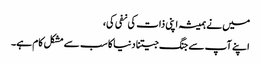
میں نے ہمیشہ اپنی ذات کی نفی کی،
اپنے آپ سے جنگ جیتنا دنیا کا سب سے مشکل کام ہے۔